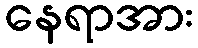
နေရာအား